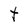
Character: t